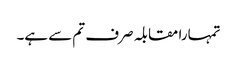
تمہارا مقابلہ صرف تم سے ہے۔